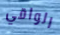
الواقي